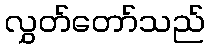
လွှတ်တော်သည်